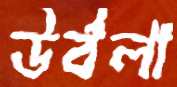
উর্বলা